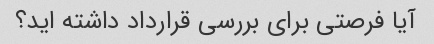
آیا فرصتی برای بررسی قرارداد داشته اید؟